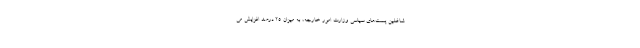
شاغلین پست‌های سیاسی وزارت امور خارجه، به میزان ۲۵ درصد افزایش می